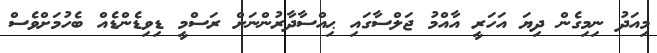
މިއަދު ނިމިގެން ދިޔަ އަހަރީ އާއްމު ޖަލްސާގައި ޙިއްސާދާރުންނަށް ރަސްމީ ޑިވިޑެންޑެއް ބެހުމަށްވެސް